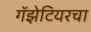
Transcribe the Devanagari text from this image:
गॅझेटियरचा